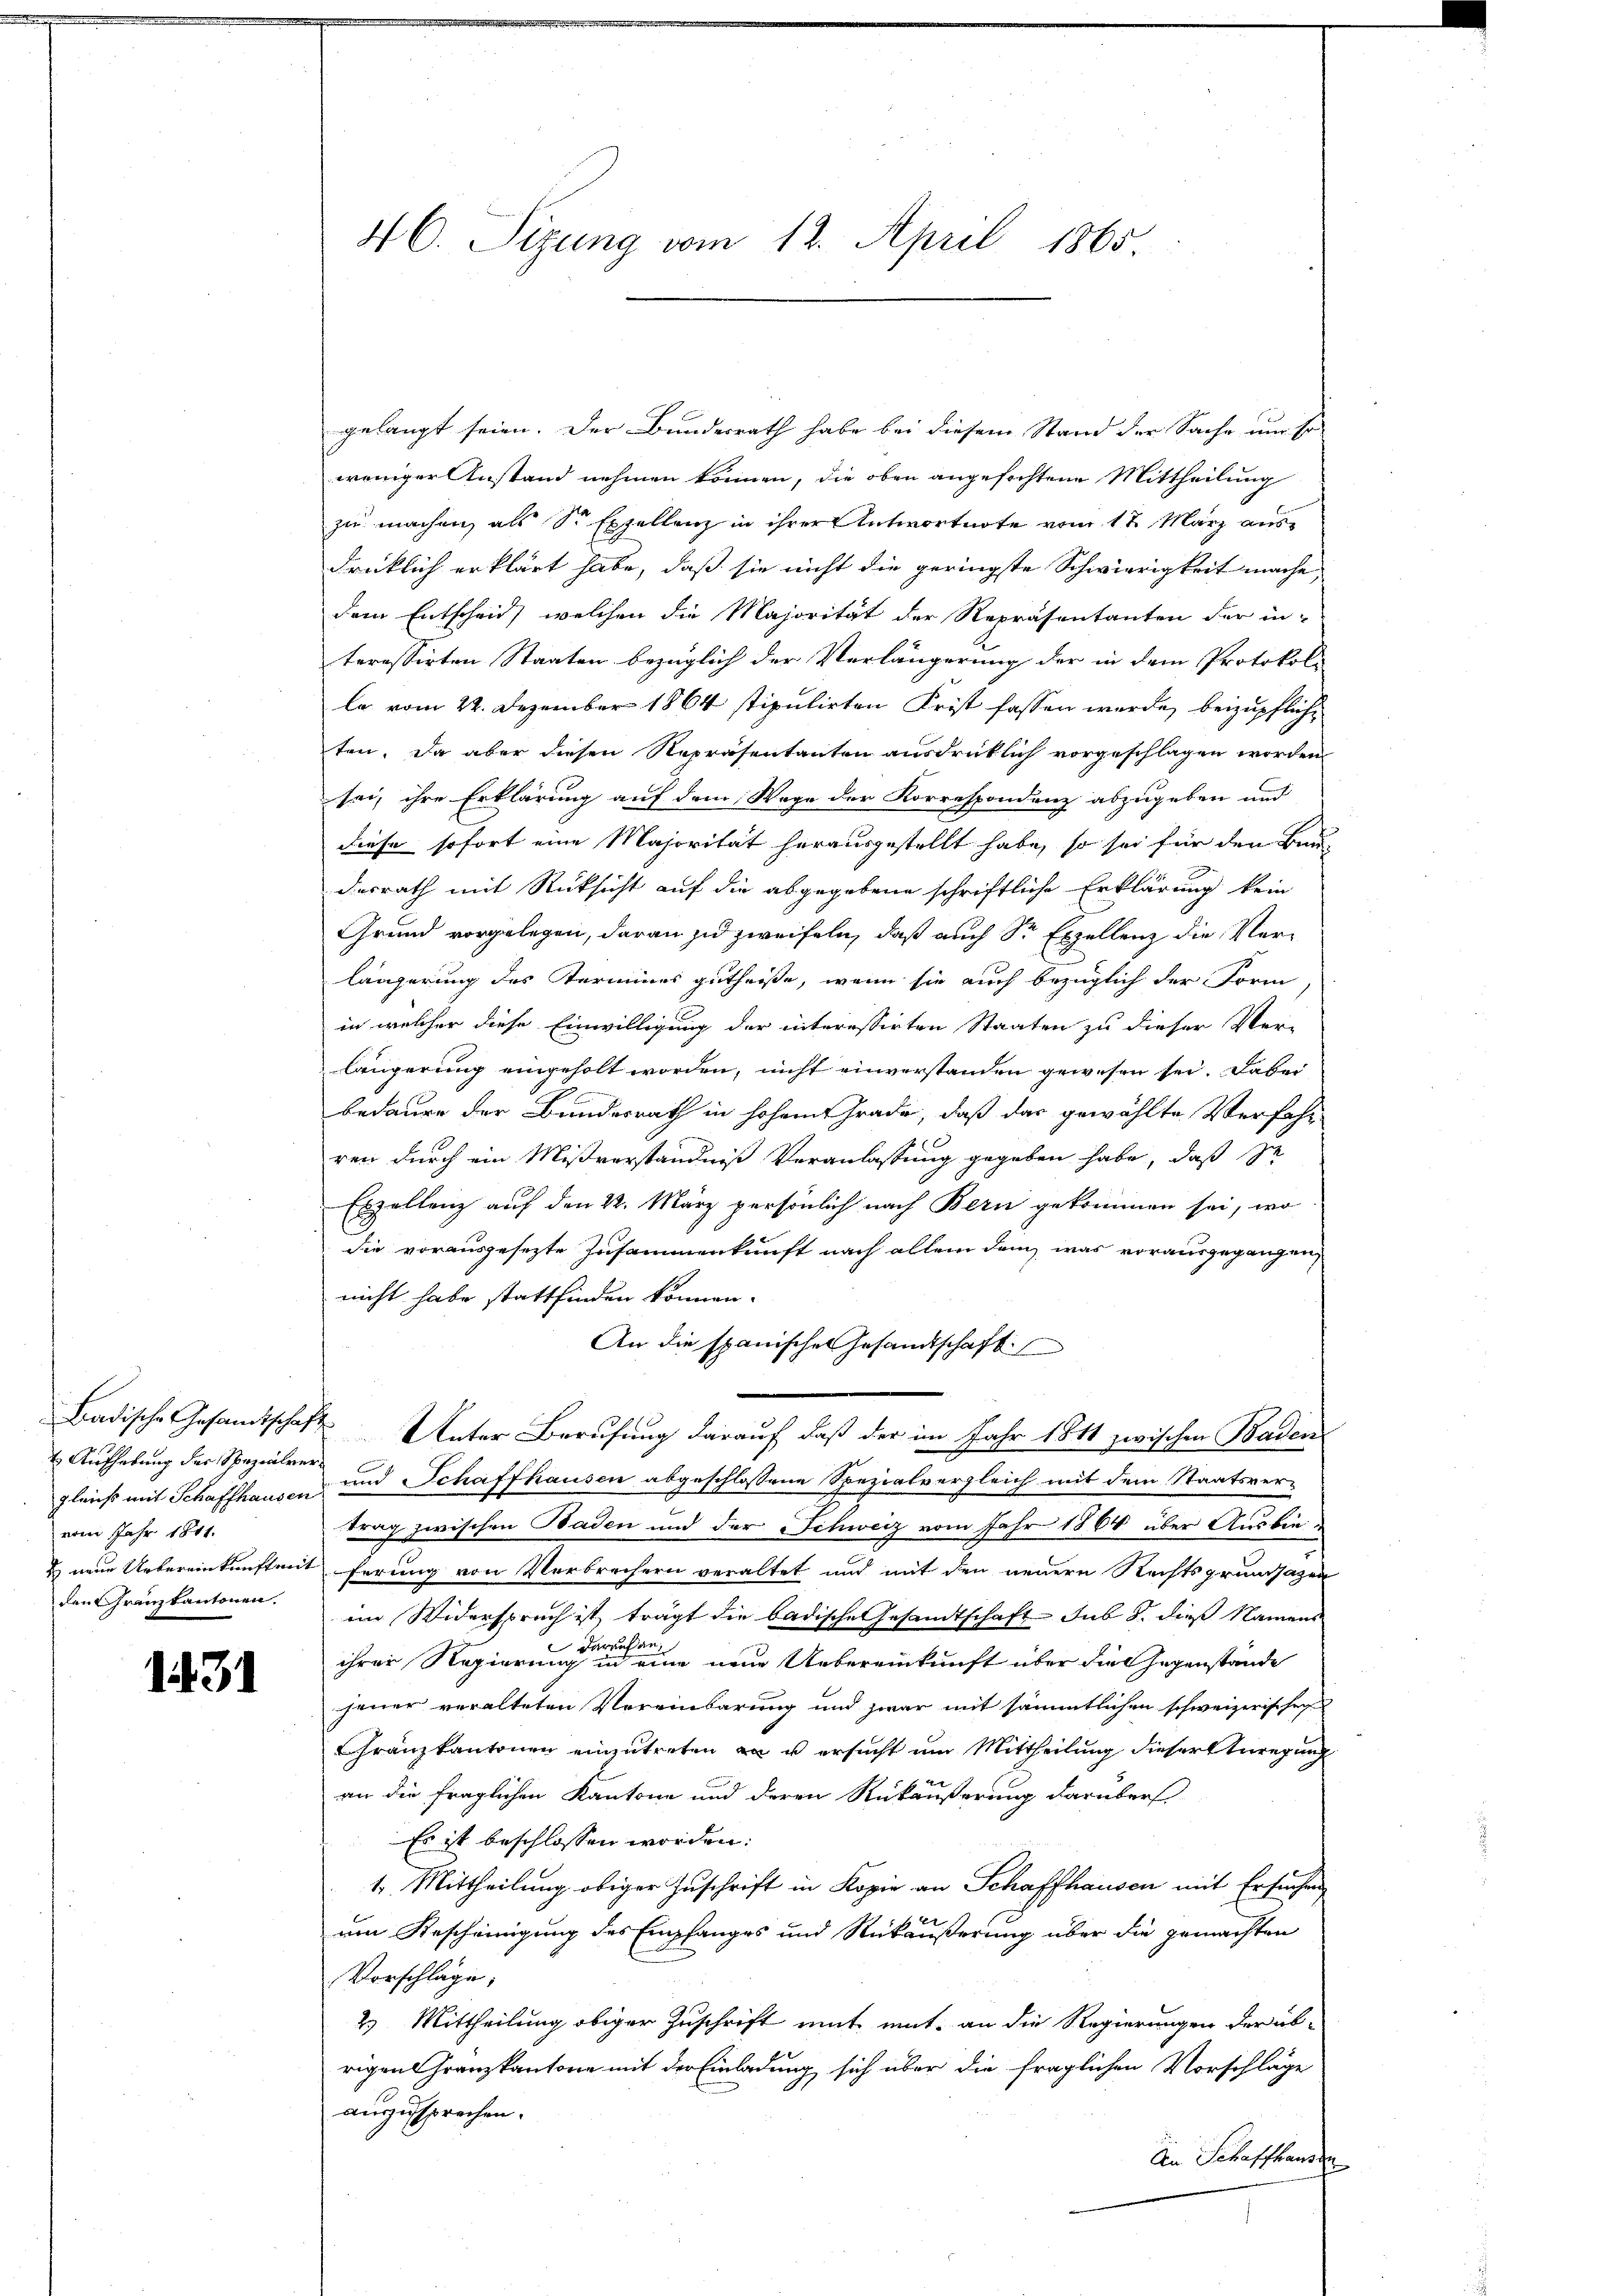
Aufhebung des Spezialvervom Jahr 1841.
den Franzkantonen.

1431

gelangt seien. Der Bundesrath habe bei diesem Stand der Sache um so
weniger Anstand nehmen können, die oben angefochtene Mittheilung
zu machen, als Sr Expellenz in ihrer Antwortnote vom 17. März ausdrücklich erklärt habe, daß sie nicht die geringste Schwierigkeit mache
dem Entscheid, welchen die Majorität der Repräsentanten der in-
teressirten Staaten bezüglich der Verlängerung der in dem Protokoll
la vom 22. Dezember 1864 stipulirten Frist fassen wurde, beizupfliche
ten. Da aber diesen Repräsentanten ausdrücklich vorgeschlagen worden
sei, ihre Erklärung auf dem Wage der Korrespondenz abzugeben und
diese sofort eine Majorität herausgestellt habe, so sei für den Bau-
desrath mit Rücksicht auf die abgegebene schriftliche Erklärung kein
Grund vorgelegen, daran zu zweifeln, daß auch Sr Exzellenz die Verlängerung des Termines gutheiße, wenn sie auch bezüglich der Form,
in welcher diese Einwilligung der interessirten Staaten zu dieser Ver-
längerung eingeholt worden, nicht einverstanden gewesen sei. Dabei
bedaure der Bundesrath in hohem Grade, daß das gewählte Verfahr
rer durch ein Mißverständniß Veranlassung gegeben habe, daß zu
Exzellenz auf den 22. März persönlich nach Bern gekommen sei, wo
die vorausgesezte Zusammenkunft nach allem dem, was vorausgegangen,
nicht habe stattfinden können.
An die spanisches Gesandtschaft
Badische Gesandtschaft Unter Berufung darauf, daß der im Jahr 1811 zwischen Baden
gleichs mit Schaffhausen und Schaffhausen abgeschlossene Spezialvergleich mit dem Staatsver-
trag zwischen Baden und der Schweiz vom Jahr 1864 über Ausbie
 neue Uebereinkunft mit ferung von Verbrechern veraltet und mit den neuere Rechtsgrundsazen
im Widerspruch ist trägt die badische Gesandtschaft sub S. dieß Namens
ihrer Regierungen eine einer eine neue Uebereinkunft über die Gegenstände
jener veralteten Vereinbarung und zwar mit sämmtlichen schweizerischen
Franzkantonen einzutreten an u ersucht um Mittheilung dieser Anregung
an die fraglichen Kantone und deren Rückäußerung darüber
Es ist beschlossen worden:
1. Mittheilung obiger Zuschrift in Kopie an Schaffhausen mit Ersuchen
um Bescheinigung des Empfanges und Rückäußerung über die gemachten
Vorschläge;
2) Mittheilung obiger Zuschrift mit eint, an die Regierungen der übrigen Franzkantone mit der Einladung sich über die fraglichen Vorschläge
auszusprochen.
An Schaffhausen

4 C. Sizung vom 12. April 1865.